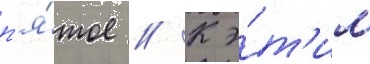
п'я́тое // К э́т'им